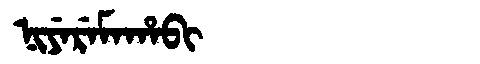
Manchu: ᠨᡳᠶᡝᡵᡝᠮᠠᡥᠠᠪᡳ
Romanization: NIYEREMAHABI